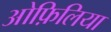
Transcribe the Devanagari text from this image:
ओफ़िलिया